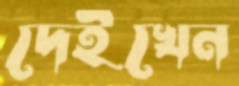
দেইখেন